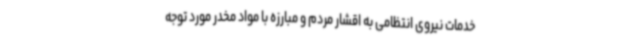
خدمات نیروی انتظامی به اقشار مردم و مبارزه با مواد مخدر مورد توجه